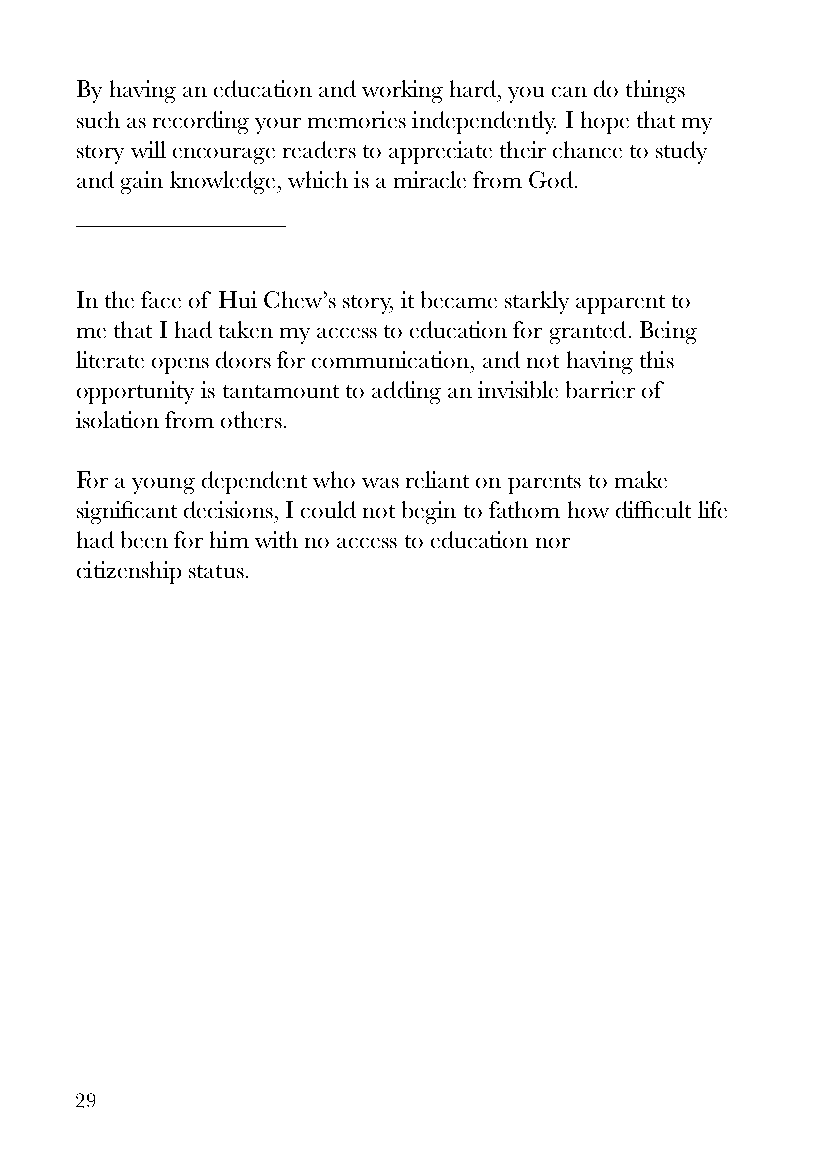
By having an education and working hard, you can do things
 such as recording your memories independently. I hope that my
 story will encourage readers to appreciate their chance to study
 and gain knowledge, which is a miracle from God.
 In the face of Hui Chew’s story, it became starkly apparent to
 me that I had taken my access to education for granted. Being
 literate opens doors for communication, and not having this
 opportunity is tantamount to adding an invisible barrier of
 isolation from others.
 For a young dependent who was reliant on parents to make
 significant decisions, I could not begin to fathom how difficult life
 had been for him with no access to education nor
 citizenship status.
 29